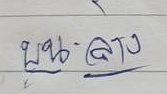
บน - ล่าง